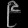
Digit: ၉